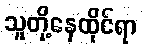
သူတို့နေထိုင်ရာ